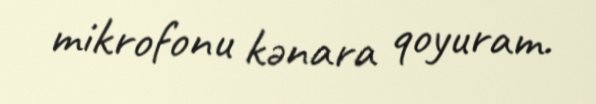
mikrofonu kənara qoyuram.